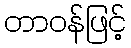
တာဝန်ဖြင့်